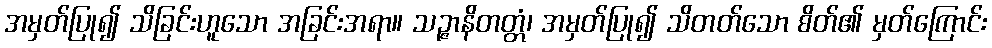
အမှတ်ပြု၍ သိခြင်းဟူသော အခြင်းအရာ။ သဉ္ဇာနိတတ္တံ၊ အမှတ်ပြု၍ သိတတ်သော စိတ်၏ မှတ်ကြောင်း